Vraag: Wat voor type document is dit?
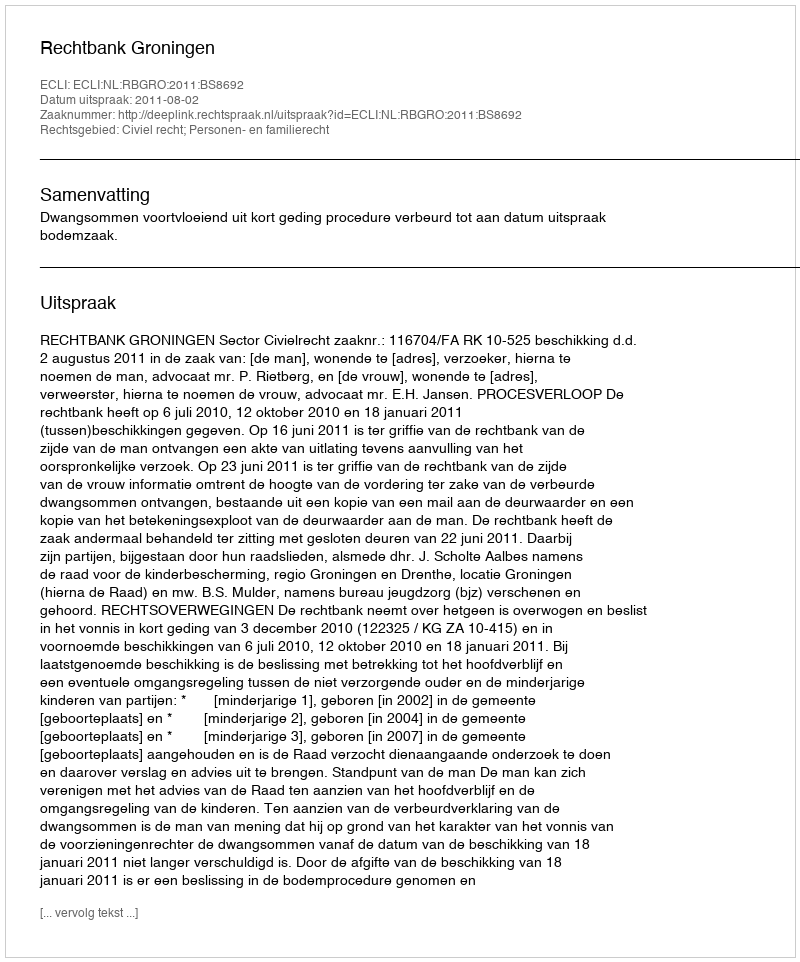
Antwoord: Uitspraak